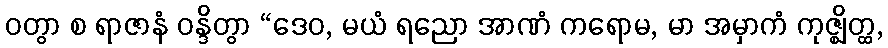
ဝတွာ စ ရာဇာနံ ဝန္ဒိတွာ “ဒေဝ, မယံ ရညော အာဏံ ကရောမ, မာ အမှာကံ ကုဇ္ဈိတ္ထ,